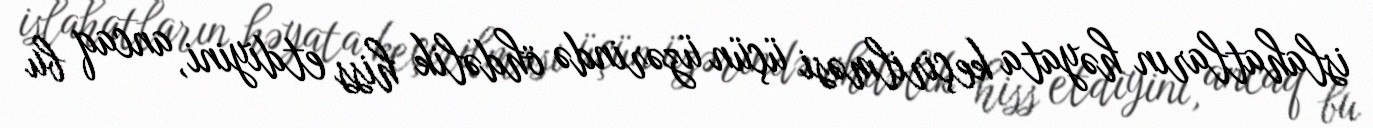
islahatların həyata keçirilməsi üçün üzərində öhdəlik hiss etdiyini, ancaq bu